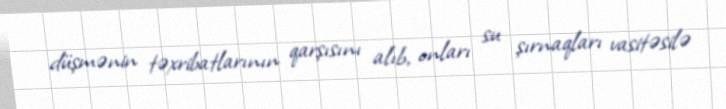
düşmənin təxribatlarının qarşısını alıb, onları su şırnaqları vasitəsilə